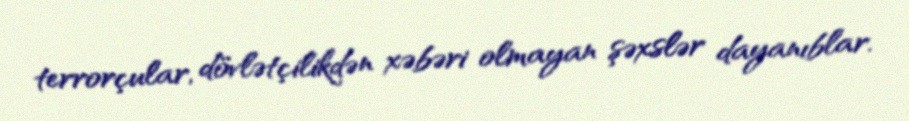
terrorçular, dövlətçilikdən xəbəri olmayan şəxslər dayanıblar.